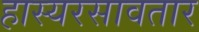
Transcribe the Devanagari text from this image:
हास्यरसावतार